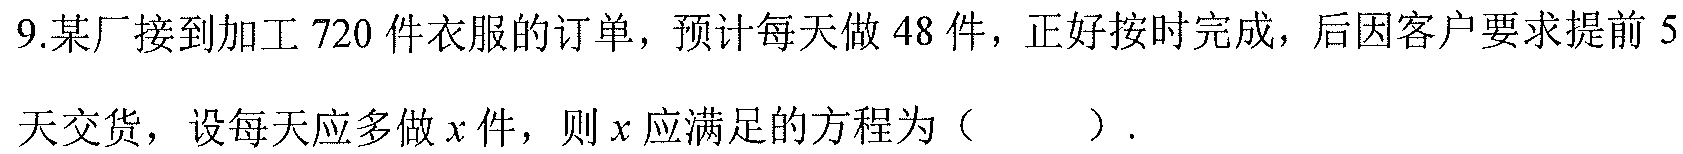
9.某厂接到加工$720$件衣服的订单，预计每天做$48$件，正好按时完成，后因客户要求提前$5$天交货，设每天应多做$x$件，则$x$应满足的方程为（  ）.